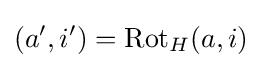
(a',i')=\mathrm {Rot} _{H}(a,i)